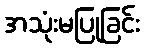
အသုံးမပြုခြင်း